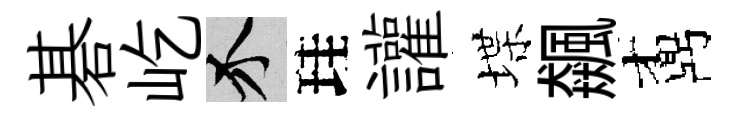
碁屹介珪讙堞飆鼒